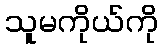
သူမကိုယ်ကို